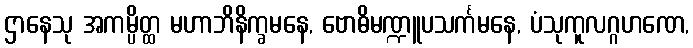
ဌာနေသု အကမ္ပိတ္ထ မဟာဘိနိက္ခမနေ, ဗောဓိမဏ္ဍူပသင်္ကမနေ, ပံသုကူလဂ္ဂဟဏေ,